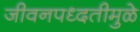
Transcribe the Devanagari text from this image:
जीवनपध्दतीमुळे